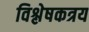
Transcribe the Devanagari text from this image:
विश्लेषकत्रय